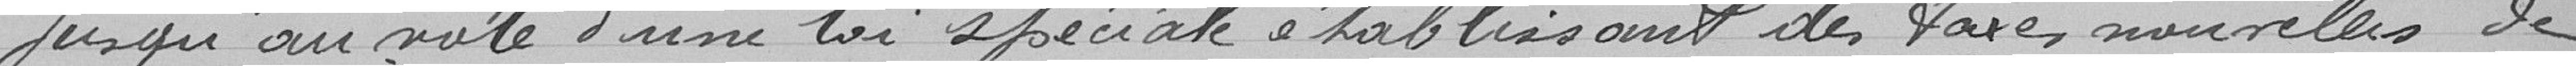
jusqu'au vote d'une loi spéciale établissant des taxes nouvelles de